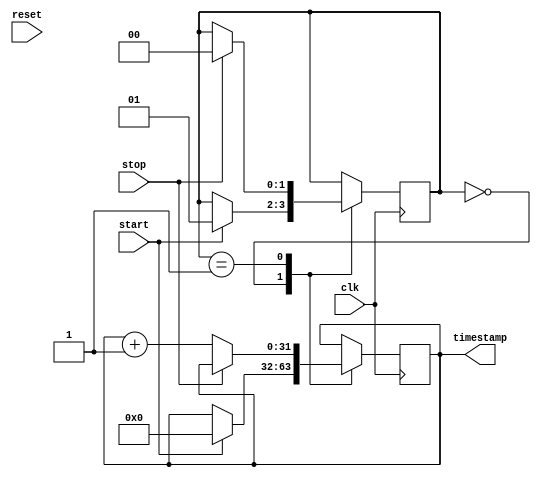
module time_stamp_timer (
    input clk,                         // System clock input
    input start,                       // Start signal input
    input stop,                        // Stop signal input
    input reset,                       // Reset signal input
    output reg [31:0] timestamp        // Time-stamp output
);

reg [31:0] timer;                     // Timer register
reg [1:0] state;                      // State machine state

always @(posedge clk) begin
    case (state)
        2'b00: begin                  // Idle state
            if (start) begin
                timer <= 32'd0;       // Reset timer
                state <= 2'b01;       // Move to running state
            end
        end
        2'b01: begin                  // Running state
            if (stop) begin
                state <= 2'b00;       // Move back to idle state
            end
            else begin
                timer <= timer + 1;  // Increment timer
            end
        end
    endcase
end

always @(*) begin
    timestamp = timer;                // Output current timer value as timestamp
end

endmodule